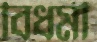
বিধর্মী